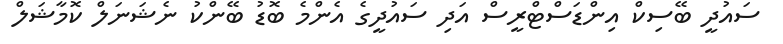
ސައުދީ ބޭސިކް އިންޑަސްޓްރީސް އަދި ސައުދީގެ އެންމެ ބޮޑު ބޭންކު ނެޝަނަލް ކޮމާޝަލް